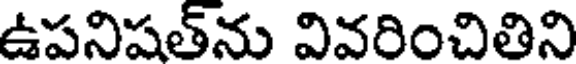
ఉపనిషత్ను వివరించితిని